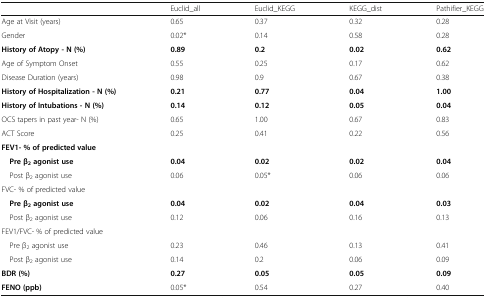
|  | Euclid_all | Euclid_KEGG | KEGG_dist | Pathifier_KEGG |
 | --- | --- | --- | --- | --- |
 | Age at Visit (years) | 0.65 | 0.37 | 0.32 | 0.28 |
 | Gender | 0.02* | 0.14 | 0.58 | 0.28 |
 | History of Atopy - N (%) | 0.89 | 0.2 | 0.02 | 0.62 |
 | Age of Symptom Onset | 0.55 | 0.25 | 0.17 | 0.62 |
 | Disease Duration (years) | 0.98 | 0.9 | 0.67 | 0.38 |
 | History of Hospitalization - N (%) | 0.21 | 0.77 | 0.04 | 1.00 |
 | History of Intubations - N (%) | 0.14 | 0.12 | 0.05 | 0.04 |
 | OCS tapers in past year- N (%) | 0.65 | 1.00 | 0.67 | 0.83 |
 | ACT Score | 0.25 | 0.41 | 0.22 | 0.56 |
 | <COLSPAN=5> FEV1- % of predicted value |
 | Pre β2agonist use | 0.04 | 0.02 | 0.02 | 0.04 |
 | Post β2 agonist use | 0.06 | 0.05* | 0.06 | 0.06 |
 | <COLSPAN=5> FVC- % of predicted value |
 | Pre β2agonist use | 0.04 | 0.02 | 0.04 | 0.03 |
 | Post β2 agonist use | 0.12 | 0.06 | 0.16 | 0.13 |
 | <COLSPAN=5> FEV1/FVC- % of predicted value |
 | Pre β2 agonist use | 0.23 | 0.46 | 0.13 | 0.41 |
 | Post β2 agonist use | 0.14 | 0.2 | 0.06 | 0.09 |
 | BDR (%) | 0.27 | 0.05 | 0.05 | 0.09 |
 | FENO (ppb) | 0.05* | 0.54 | 0.27 | 0.40 |